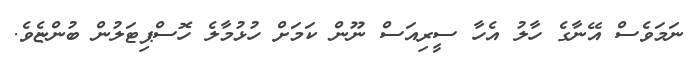
ނަމަވެސް އޭނާގެ ހާލު އެހާ ސީރިއަސް ނޫން ކަމަށް ހުޅުމާލެ ހޮސްޕިޓަލުން ބުންޏެވެ.